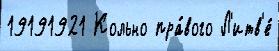
19191921 Кольно пра́вого Л'итв'е́